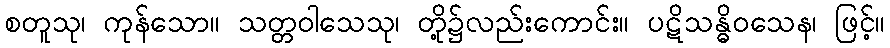
စတူသု၊ ကုန်သော။ သတ္တဝါသေသု၊ တို့၌လည်းကောင်း။ ပဋိသန္ဓိဝသေန၊ ဖြင့်။